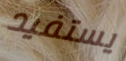
يستفيد